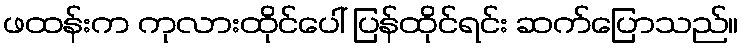
ဖထန်းက ကုလားထိုင်ပေါ် ပြန်ထိုင်ရင်း ဆက်ပြောသည်။